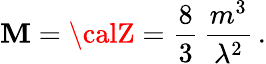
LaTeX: \mathbf{M}={\calZ}=\frac{{8}}{{3}}\, \frac{{m^{3}}}{{\lambda^{2}}}\, .